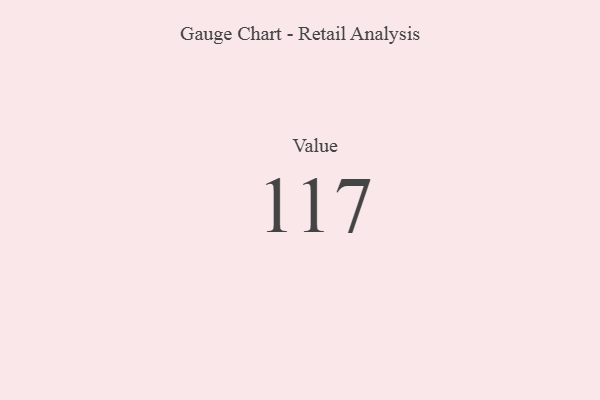
{"axis": {"x": "Metric", "y": "Value"}, "legend": [""], "data": [{"x": "Value", "y": 117, "type": ""}]}